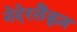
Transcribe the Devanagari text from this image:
नेदेरलैंड्ज़